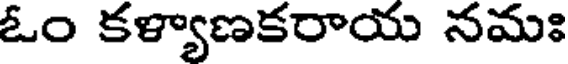
ఓం కళ్యాణకరాయ నమః